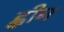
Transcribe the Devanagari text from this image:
ह्वीन